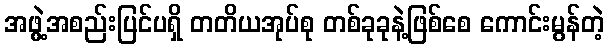
အဖွဲ့အစည်းပြင်ပရှိ တတိယအုပ်စု တစ်ခုခုနဲ့ဖြစ်စေ ကောင်းမွန်တဲ့